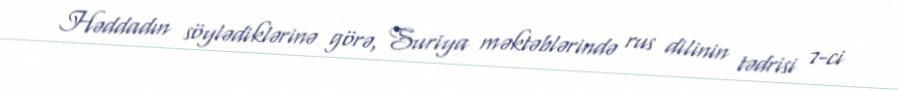
Həddadın söylədiklərinə görə, Suriya məktəblərində rus dilinin tədrisi 7-ci